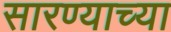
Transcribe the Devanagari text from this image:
सारण्याच्या